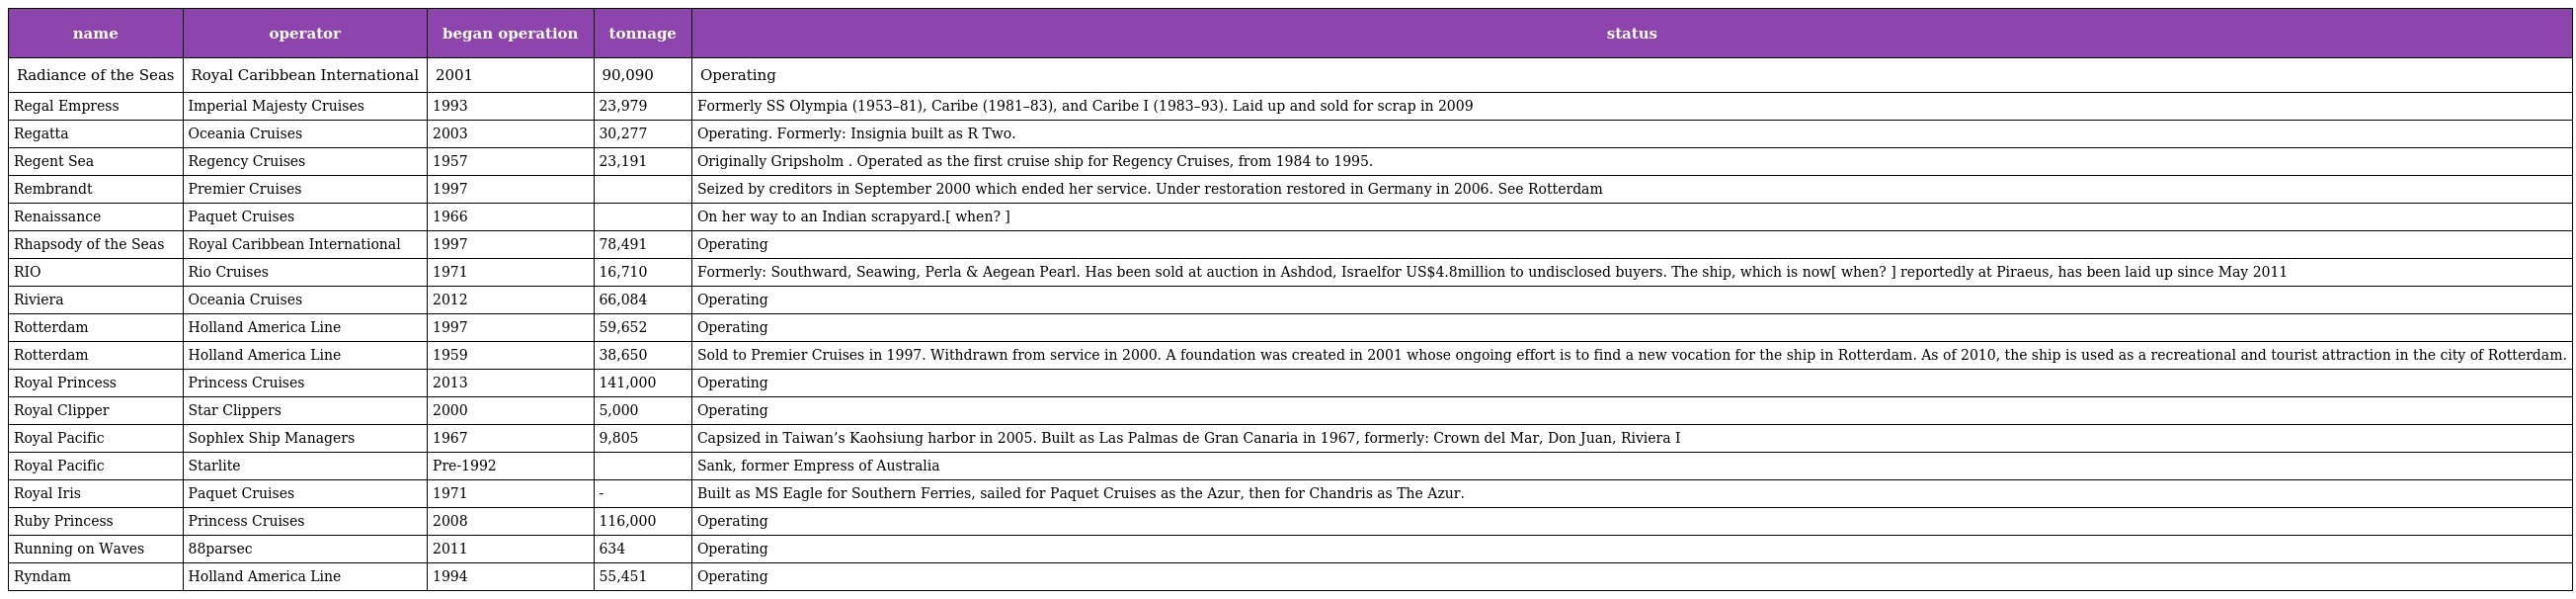
| name | operator | began operation | tonnage | status |
 | --- | --- | --- | --- | --- |
 | Radiance of the Seas | Royal Caribbean International | 2001 | 90,090 | Operating |
 | Regal Empress | Imperial Majesty Cruises | 1993 | 23,979 | Formerly SS Olympia (1953–81), Caribe (1981–83), and Caribe I (1983–93). Laid up and sold for scrap in 2009 |
 | Regatta | Oceania Cruises | 2003 | 30,277 | Operating. Formerly: Insignia built as R Two. |
 | Regent Sea | Regency Cruises | 1957 | 23,191 | Originally Gripsholm . Operated as the first cruise ship for Regency Cruises, from 1984 to 1995. |
 | Rembrandt | Premier Cruises | 1997 |  | Seized by creditors in September 2000 which ended her service. Under restoration restored in Germany in 2006. See Rotterdam |
 | Renaissance | Paquet Cruises | 1966 |  | On her way to an Indian scrapyard.[ when? ] |
 | Rhapsody of the Seas | Royal Caribbean International | 1997 | 78,491 | Operating |
 | RIO | Rio Cruises | 1971 | 16,710 | Formerly: Southward, Seawing, Perla & Aegean Pearl. Has been sold at auction in Ashdod, Israelfor US$4.8million to undisclosed buyers. The ship, which is now[ when? ] reportedly at Piraeus, has been laid up since May 2011 |
 | Riviera | Oceania Cruises | 2012 | 66,084 | Operating |
 | Rotterdam | Holland America Line | 1997 | 59,652 | Operating |
 | Rotterdam | Holland America Line | 1959 | 38,650 | Sold to Premier Cruises in 1997. Withdrawn from service in 2000. A foundation was created in 2001 whose ongoing effort is to find a new vocation for the ship in Rotterdam. As of 2010, the ship is used as a recreational and tourist attraction in the city of Rotterdam. |
 | Royal Princess | Princess Cruises | 2013 | 141,000 | Operating |
 | Royal Clipper | Star Clippers | 2000 | 5,000 | Operating |
 | Royal Pacific | Sophlex Ship Managers | 1967 | 9,805 | Capsized in Taiwan’s Kaohsiung harbor in 2005. Built as Las Palmas de Gran Canaria in 1967, formerly: Crown del Mar, Don Juan, Riviera I |
 | Royal Pacific | Starlite | Pre-1992 |  | Sank, former Empress of Australia |
 | Royal Iris | Paquet Cruises | 1971 | - | Built as MS Eagle for Southern Ferries, sailed for Paquet Cruises as the Azur, then for Chandris as The Azur. |
 | Ruby Princess | Princess Cruises | 2008 | 116,000 | Operating |
 | Running on Waves | 88parsec | 2011 | 634 | Operating |
 | Ryndam | Holland America Line | 1994 | 55,451 | Operating |